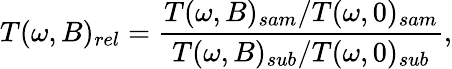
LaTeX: T(\omega,B)_{rel}=\frac{T(\omega,B)_{sam}/T(\omega,0)_{sam}}{T(\omega,B)_{sub}/T(\omega,0)_{sub}},